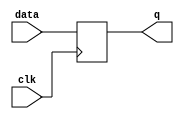
module flip_flop (
    input clk,
    input data,
    output reg q
);

always @(posedge clk)
    q <= data;

endmodule